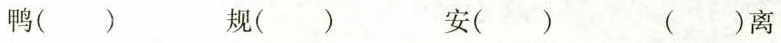
鸭( ) 规( ) 安( ) ( )离